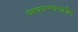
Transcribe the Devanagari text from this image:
आकारमानातील